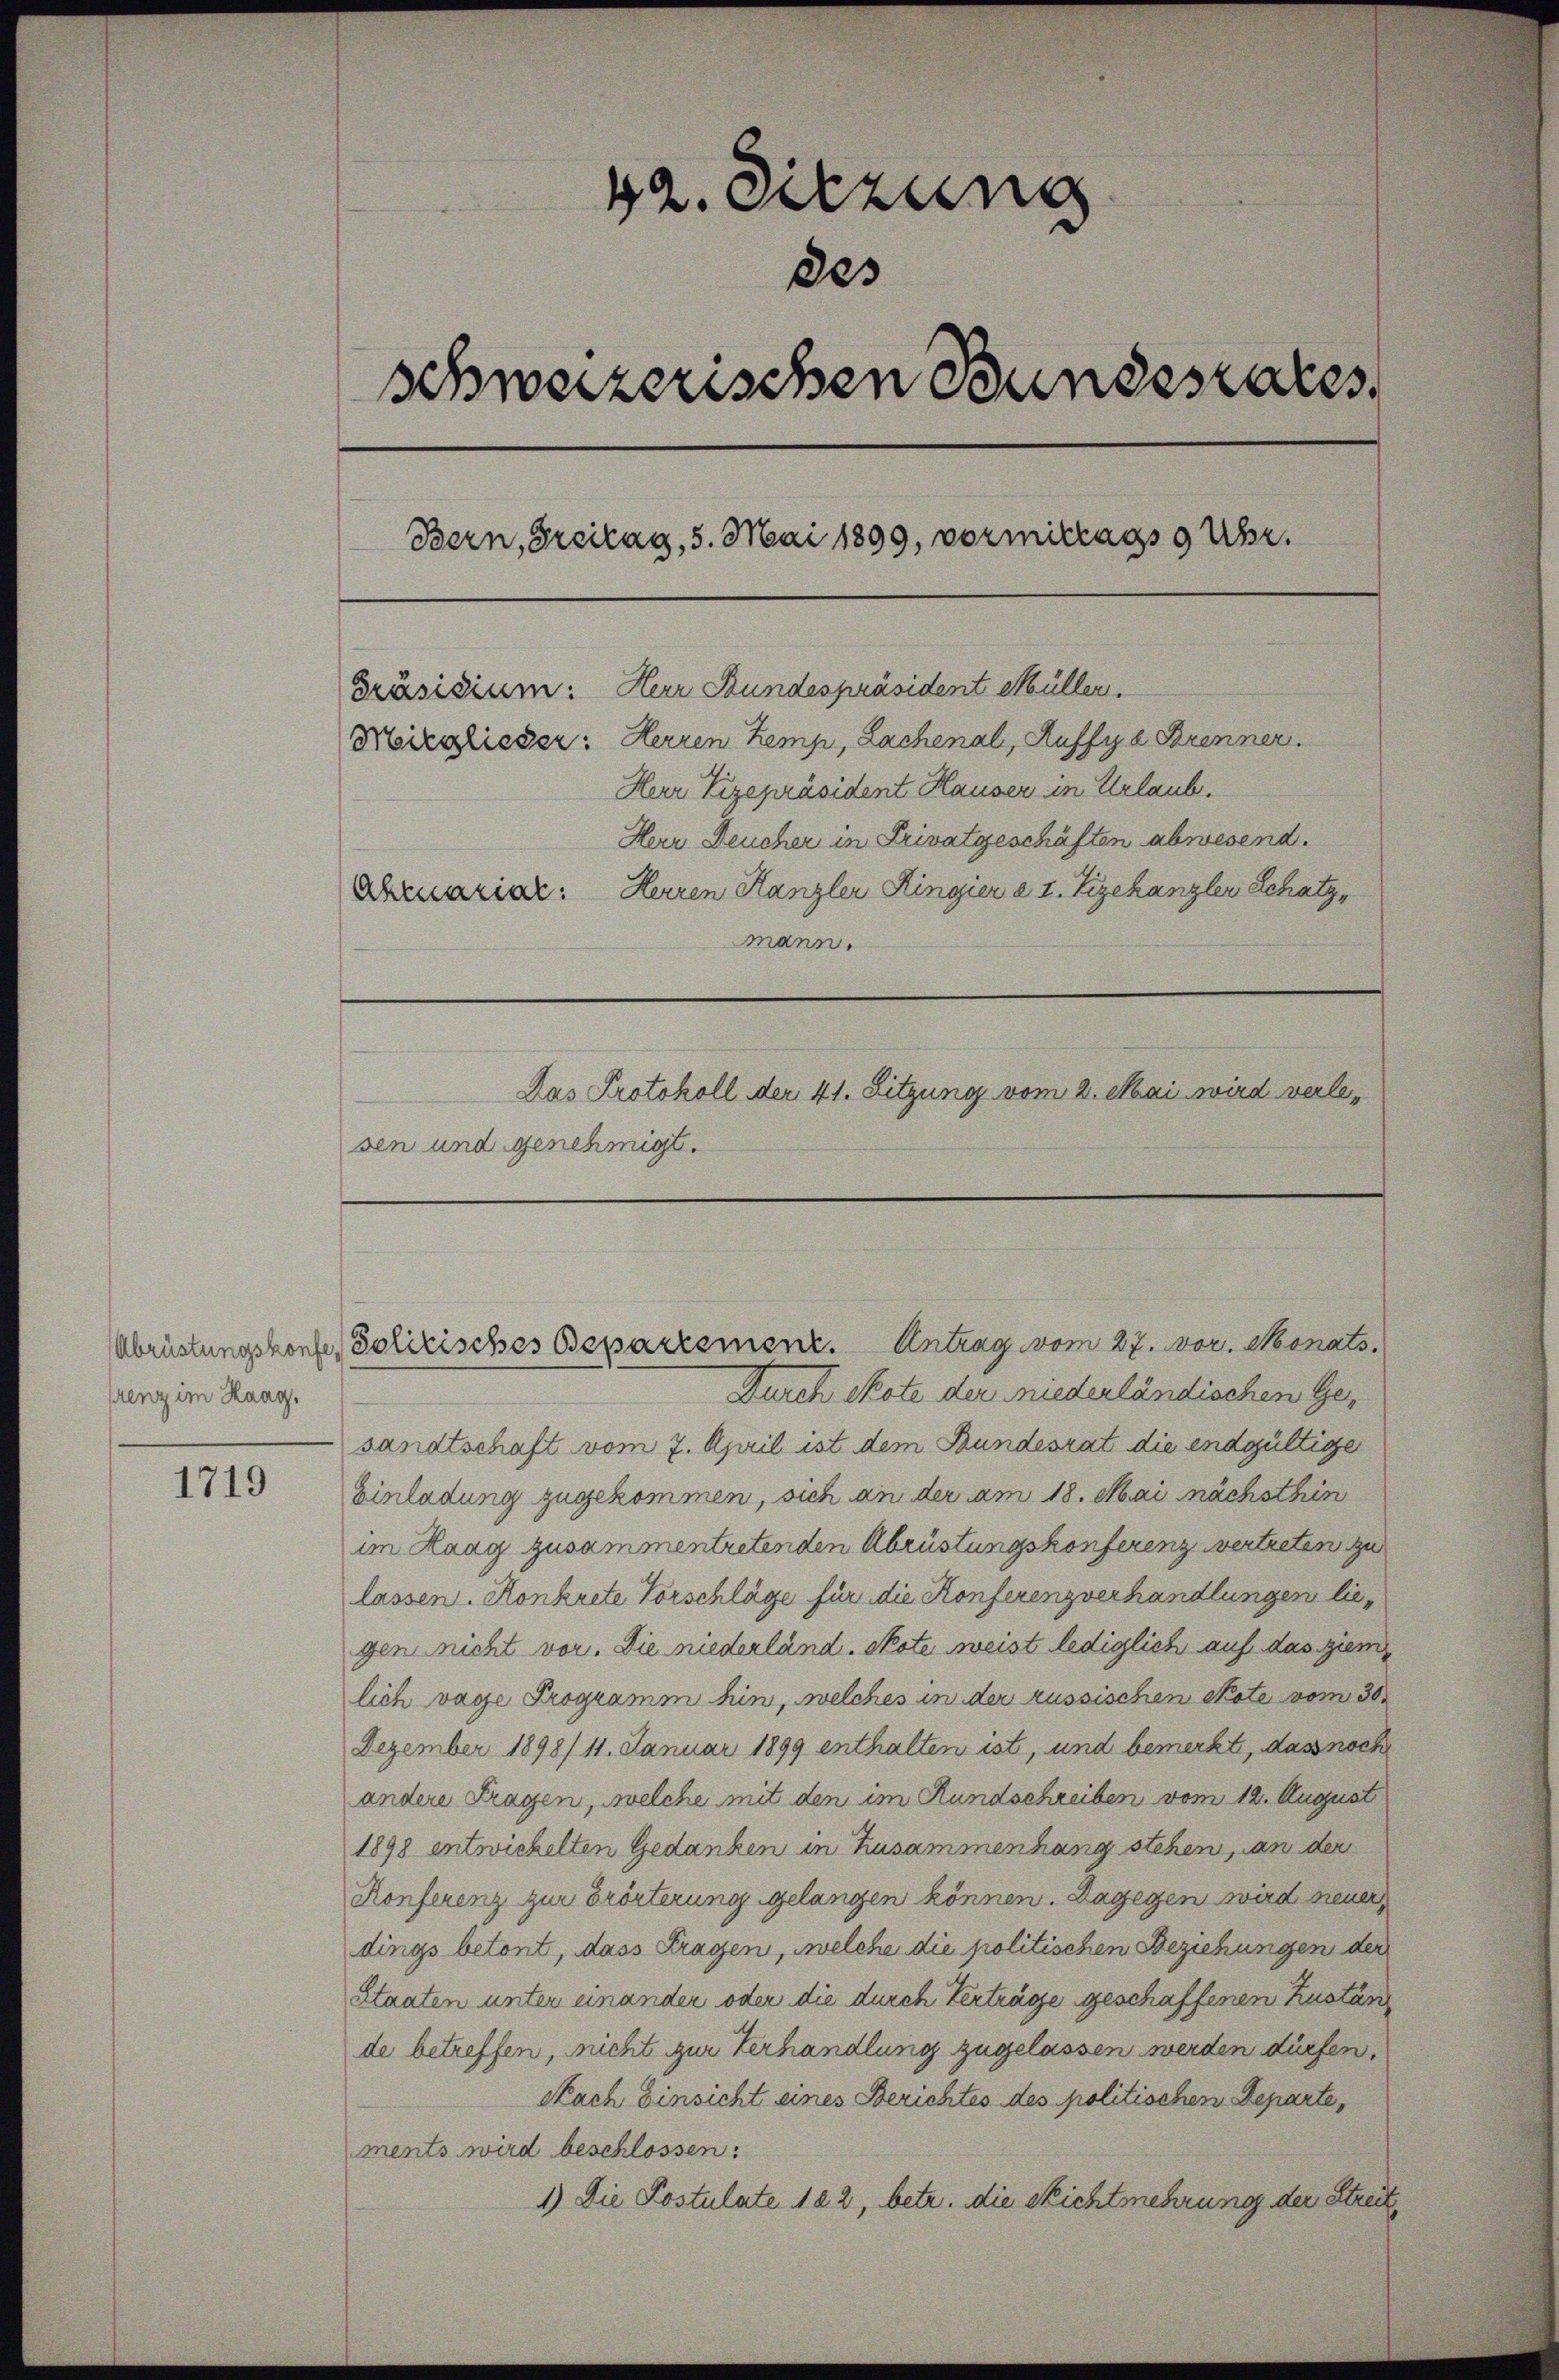
renz im Haag.

1719

42. Sitzung
des
schweizerischen Bundesares
Bern, Freitag, 5. Mai 1899, vormittags 9 Uhr.
Präsidium: Herr Bundespräsident Müller.
Mitglieder: Herren Zemp, Lachenal, Auffya Brenner.
Herr Vizepräsident Hauser in Urlaub.
Herr Deucher in Privatgeschäften abwesend.
Abuariar: Herren Kanzler Ringier a 1. Vizekanzler Schatz,
mann.
Das Protokoll der 41. Sitzung vom 2. Mai wird verlesen und genehmigt.

Abrüstungskonfer Polizisches Bepartement. Antrag vom 27. vor. Monats

Durch Skote der niederländischen Gesandtschaft vom 7. April ist dem Bundesrat die endgültige
Einladung zugekommen, sich an der am 18. Mai nächsthin
im Haag zusammentretenden Abrüstungskonferenz vertreten zu
lassen. Konkrete Vorschläge für die Konferenzverhandlungen liegen nicht vor. Die niederländ. Skote weist lediglich auf das ziem
lich vage Programm hin, welches in der russischen Note vom 30.
Dezember 1898/ 11. Januar 1899 enthalten ist, und bemerkt, dass noch
andere Fragen, welche mit den im Rundschreiben vom 12. August
1898 entwickelten Gedanken in Zusammenhang stehen, an der
Konferenz zur Erörterung gelangen können. Dagegen wird neuer
dings betont, dass Fragen, welche die politischen Beziehungen der
Staaten unter einander oder die durch Verträge geschaffenen Zustän
de betreffen, nicht zur Verhandlung zugelassen werden dürfen,
Nach Einsicht eines Berichtes des politischen Departe,
ments wird beschlossen:
1.) Die Postulate 182, betr. die Richtmehrung der Streit¬